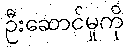
ဦးဆောင်မှုကို